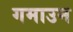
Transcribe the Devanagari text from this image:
गमाउन